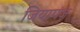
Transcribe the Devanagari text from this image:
जियागंज